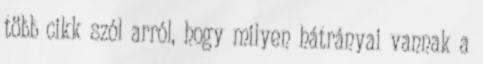
több cikk szól arról, hogy milyen hátrányai vannak a